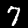
Label: 7